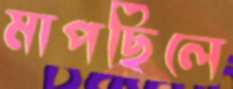
মাপছিলে